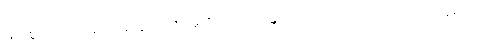
မြတ်စွာဘုရားသည်။ အတ္ထိ၊ ရှိတော်မူ၏။ ပ။ ဧကမန္တံ၊ သင့်တင့်လျောက်ပတ်သော အရပ်၌။